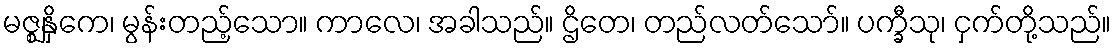
မဇ္ဈနှိကေ၊ မွန်းတည့်သော။ ကာလေ၊ အခါသည်။ ဌိတေ၊ တည်လတ်သော်။ ပက္ခီသု၊ ငှက်တို့သည်။